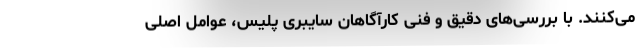
می‌کنند. با بررسی‌های دقیق و فنی کارآگاهان سایبری پلیس، عوامل اصلی